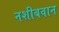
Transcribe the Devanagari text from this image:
नशीबवान